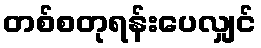
တစ်စတုရန်းပေလျှင်